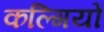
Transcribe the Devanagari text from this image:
कल्गियों